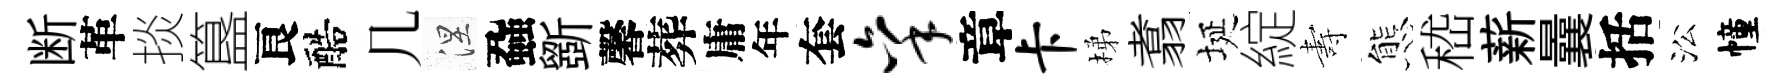
断革掞簋良醅几涅蝨斵馨葬庸年套秉章卡梯翥埏綻夀態嵇薪曩括㳂幢